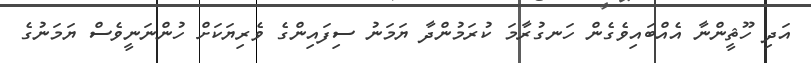
އަދި ހޫޘީންނާ އެއްބައިވެގެން ހަނގުރާމަ ކުރަމުންދާ ޔަމަނު ސިފައިންގެ ވެރިޔަކަށް ހުންނަނީވެސް ޔަމަނުގެ